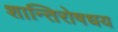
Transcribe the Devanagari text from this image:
शान्तिरोषधय